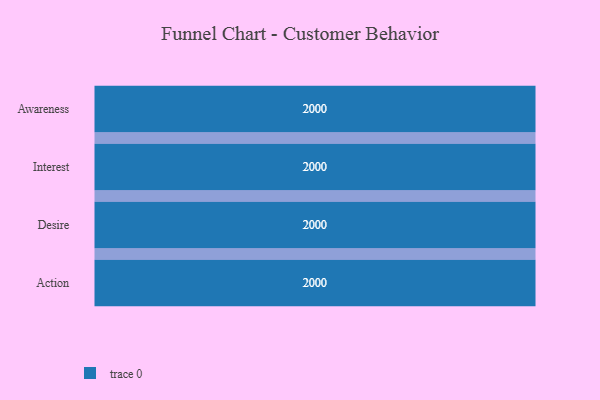
{"axis": {"x": "Stage", "y": "Value"}, "legend": [""], "data": [{"x": "Awareness", "y": 2000, "type": ""}, {"x": "Interest", "y": 2000, "type": ""}, {"x": "Desire", "y": 2000, "type": ""}, {"x": "Action", "y": 2000, "type": ""}]}